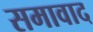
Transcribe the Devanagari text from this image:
समावाद